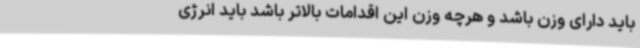
باید دارای وزن باشد و هرچه وزن این اقدامات بالاتر باشد باید انرژی